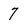
Character: 7